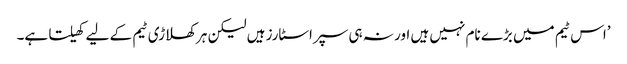
’اس ٹیم میں بڑے نام نہیں ہیں اور نہ ہی سپراسٹارز ہیں لیکن ہر کھلاڑی ٹیم کے لیے کھیلتا ہے۔